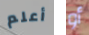
أعلم أو